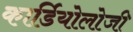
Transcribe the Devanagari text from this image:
कार्डियाेलोजी